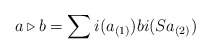
\begin{align*}a \triangleright b = \sum i(a_{(1)})b i (Sa_{(2)})\end{align*}